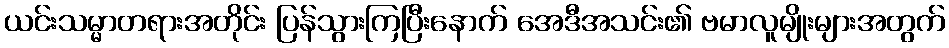
ယင်းသမ္မာတရားအတိုင်း ပြန်သွားကြပြီးနောက် အေဒီအသင်း၏ ဗမာလူမျိုးများအတွက်